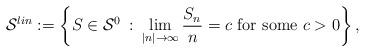
LaTeX: \begin{align*}\mathcal{S}^{lin}:=\left\{S\in \mathcal{S}^{0}\::\:\lim_{|n|\rightarrow\infty}\frac{S_n}{n}=c\mbox{ for some }c>0\right\},\end{align*}